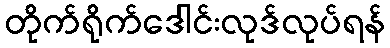
တိုက်ရိုက်ဒေါင်းလုဒ်လုပ်ရန်